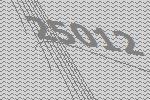
25012